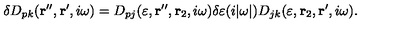
\delta D _ { p k } ( { \bf r } ^ { \prime \prime } , { \bf r } ^ { \prime } , i \omega ) = D _ { p j } ( \varepsilon , { \bf r } ^ { \prime \prime } , { \bf r } _ { 2 } , i \omega ) \delta \varepsilon ( i | \omega | ) D _ { j k } ( \varepsilon , { \bf r } _ { 2 } , { \bf r } ^ { \prime } , i \omega ) .